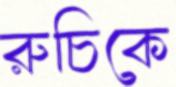
রুচিকে